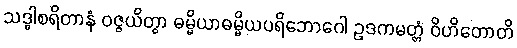
သဒ္ဓါစရိတာနံ ဝဇ္ဇယိတွာ ဓမ္မိယာဓမ္မိယပရိဘောဂေါ ဥဒကမတ္တံ ဝိဟိတောတိ